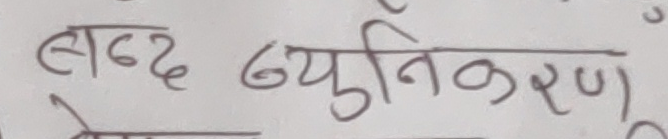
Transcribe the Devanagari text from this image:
बद्ध व्युतिकरण